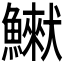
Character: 𩻿